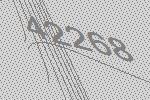
42268